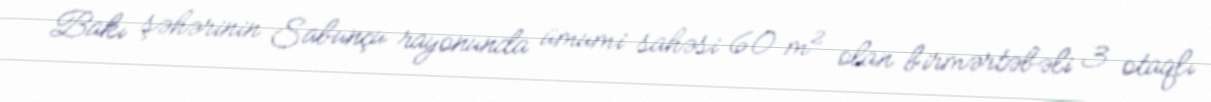
Bakı şəhərinin Sabunçu rayonunda ümumi sahəsi 60 m² olan birmərtəbəli 3 otaqlı